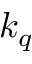
k _ { q }